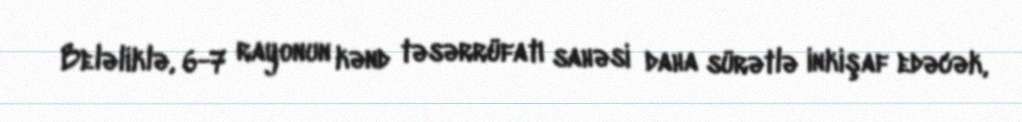
Beləliklə, 6-7 rayonun kənd təsərrüfatı sahəsi daha sürətlə inkişaf edəcək,